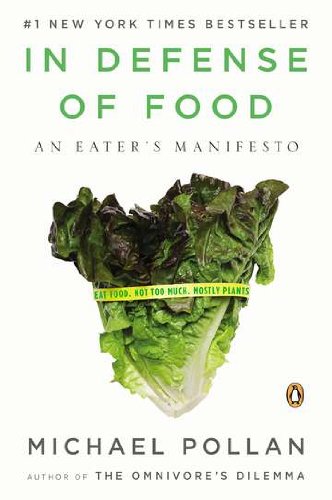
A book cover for In Defense of Food: An Eater's Manifesto; Michael Pollan; Cookbooks, Food & Wine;